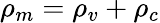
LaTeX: \rho_{m}=\rho_{v}+\rho_{c}